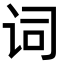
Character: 词